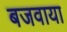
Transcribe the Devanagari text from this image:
बजवाया